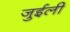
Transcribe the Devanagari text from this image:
जुईली